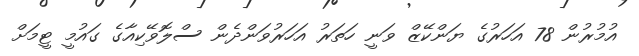
އުމުރުން 78 އަހަރުގެ ޔަންކޭޒް ވަނީ ހަތަރު އަހަރުވަންދެން ސްލޮވޭކިއާގެ ގައުމީ ޓީމަށް